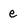
Character: e